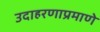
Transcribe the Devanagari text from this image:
उदाहरणाप्रमाणे